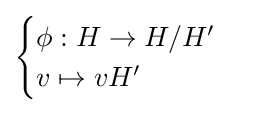
{\begin{cases}\phi :H\to H/H'\\v\mapsto vH'\end{cases}}